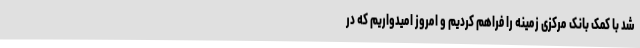
شد با کمک بانک مرکزی زمینه‌ را فراهم کردیم و امروز امیدواریم که در